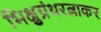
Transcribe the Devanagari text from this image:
भिक्षुग्रंथरत्नाकर